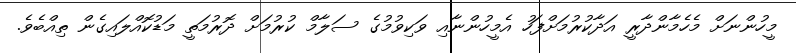
މީހުންނަށް މެހެމާންދާރީ އަދާކުރުމަށްފަހު އެމީހުންނާއި ވަކިވުމުގެ ސަލާމް ކުރުމަށް ދޮރުމަތީ މަޑުކޮއްލައިގެން ތިއްބެވެ.